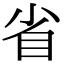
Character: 省